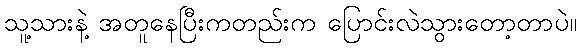
သူ့သားနဲ့ အတူနေပြီးကတည်းက ပြောင်းလဲသွားတော့တာပဲ။